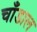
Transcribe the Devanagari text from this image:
चाँडाल